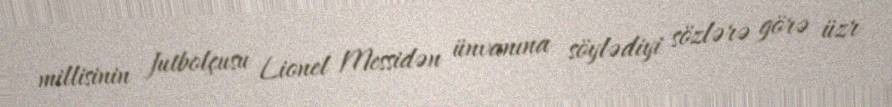
millisinin futbolçusu Lionel Messidən ünvanına söylədiyi sözlərə görə üzr